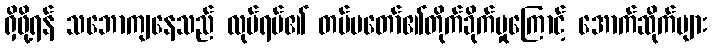
ရှိဖို့ရန် သဘောကျနေသည် လုပ်ရပ်၏ တပ်မတော်၏တိုက်ခိုက်မှုကြောင့် အောက်ဆိုက်များ